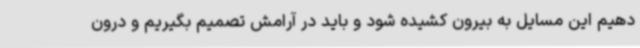
دهیم این مسایل به بیرون کشیده شود و باید در آرامش تصمیم بگیریم و درون